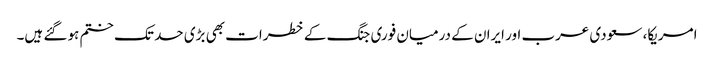
امریکا، سعودی عرب اور ایران کے درمیان فوری جنگ کے خطرات بھی بڑی حد تک ختم ہو گئے ہیں۔